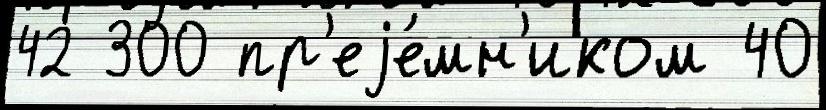
42 300 пр'еjе́мн'иком 40